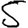
Digit: 5